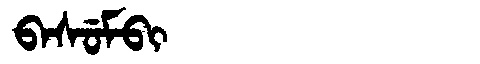
Manchu: ᠪᠠᠰᡠᠮᠪᡳ
Romanization: BASUMBI